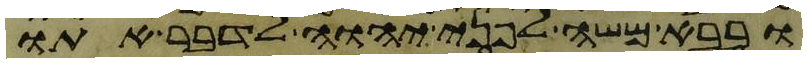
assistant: ובבא משה לפני יהוה לדבר אתו